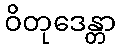
ဝိတုဒေန္တာ